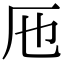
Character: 𠨱